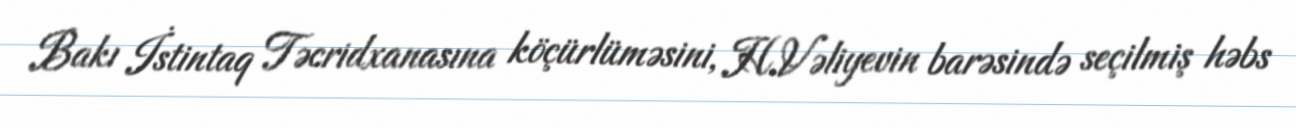
Bakı İstintaq Təcridxanasına köçürlüməsini, H.Vəliyevin barəsində seçilmiş həbs